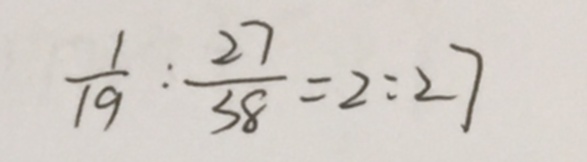
\frac { 1 } { 1 9 } : \frac { 2 7 } { 3 8 } = 2 : 2 7